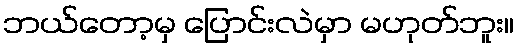
ဘယ်တော့မှ ပြောင်းလဲမှာ မဟုတ်ဘူး။